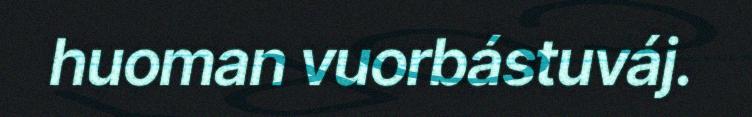
huoman vuorbástuváj.